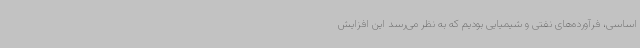
اساسی، فرآورده‌های نفتی و شیمیایی بودیم که به نظر می‌رسد این افزایش